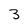
Character: 3